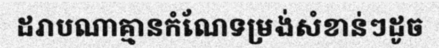
ដរាបណាគ្មានកំណែទម្រង់សំខាន់ៗដូច